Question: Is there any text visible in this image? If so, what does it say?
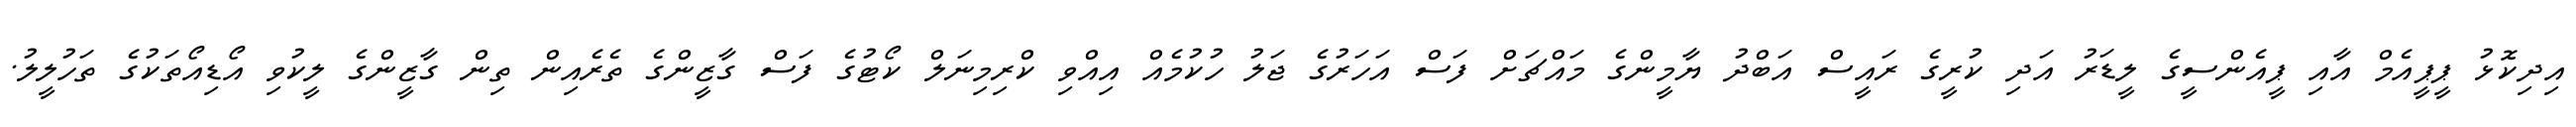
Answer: އިދިކޮޅު ޕީޕީއެމް އާއި ޕީއެންސީގެ ލީޑަރު އަދި ކުރީގެ ރައީސް އަބްދު ޔާމީންގެ މައްޗަށް ފަސް އަހަރުގެ ޖަލު ހުކުމެއް އިއްވި ކްރިމިނަލް ކޯޓުގެ ފަސް ގާޒީންގެ ތެރެއިން ތިން ގާޒީންގެ ލީކުވި އޯޑިއޯތަކުގެ ތަހުލީލު.